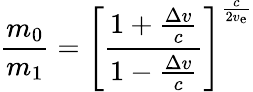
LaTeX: {\frac{m_{0}}{m_{1}}}=\left[{\frac{1+{\frac{\Delta v}{c}}}{1-{\frac{\Delta v}{c}}}}\right]^{\frac{c}{2v_{\mathrm{e}}}}